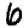
Digit: 6